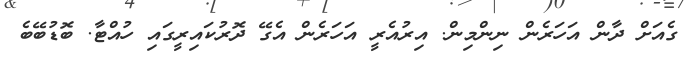
ގެއަށް ދާން އަހަރެން ނިންމިން. އިރުއެރީ އަހަރެން އެގޭ ދޮރުކައިރީގައި ހުއްޓާ. ބޮޑުބޭބެ